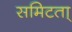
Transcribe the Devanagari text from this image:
समिटता्